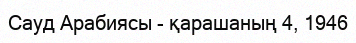
Сауд Арабиясы - қарашаның 4, 1946